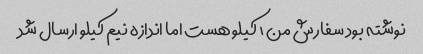
نوشته بود سفارش من ۱ کیلو هست اما اندازه نیم کیلو ارسال شد